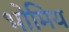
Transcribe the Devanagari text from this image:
भोमिय